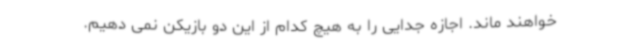
خواهند ماند. اجازه جدایی را به هیچ کدام از این دو بازیکن نمی دهیم.